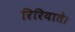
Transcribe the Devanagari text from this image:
रिरियाते।